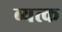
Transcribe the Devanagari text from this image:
व्यत्क